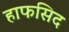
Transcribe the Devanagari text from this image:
हाफसिद